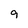
Character: 9